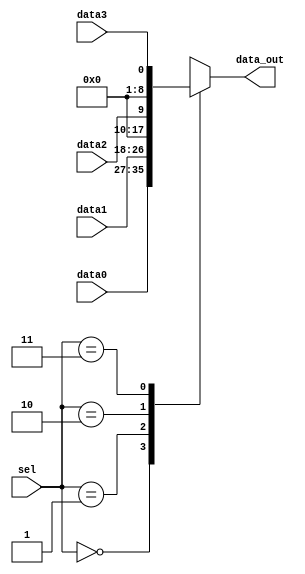
`timescale 1ns / 1ps
//////////////////////////////////////////////////////////////////////////////////
// Company: 
// Engineer: 
// 
// Design Name: 
// Module Name:    mux4to1_64 
// Project Name: 
// Target Devices: 
// Tool versions: 
// Description: 
//
// Dependencies: 
//
// Revision: 
// Revision 0.01 - File Created
// Additional Comments: 
//
//////////////////////////////////////////////////////////////////////////////////
module mux4to1_64(
		input [8:0] data0,
		input [8:0] data1,
		input data2,
		input data3,
		input [1:0] sel,
		output [8:0] data_out
    );
		
		reg [63:0] out;
		assign data_out = out;
		
		always @(*)
		begin
			case(sel)
			2'b00: out = data0;
			2'b01: out = data1;
			2'b10: out = {7'd0, data2};
			2'b11: out = {7'd0, data3};
			endcase
		end

endmodule